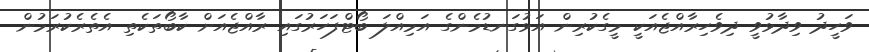
ވަހީދު ވިދާޅުވީ ދިވެހިރާއްޖެއަކީ މީގެކުރިން އަޅުގަނޑުމެންގެ އަމިއްލަ ބޯޓްފަހަރުގައި ރާއްޖެއަށް ކާބޯތަކެތި އެތެރެކުރަމުން